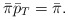
\begin{align*}\bar\pi\bar p_T = \bar \pi.\end{align*}